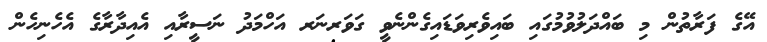
އޭގެ ފަރާތުން މި ބައްދަލުވުމުގައި ބައިވެރިވަޑައިގެންނެވީ ގަވަރނަރ އަހްމަދު ނަސީރާއި އެއިދާރާގެ އެެހެނިހެެން